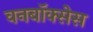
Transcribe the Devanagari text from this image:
वनबॉक्सेस